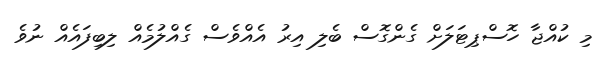
މި ކުއްޖާ ހޮސްޕިޓަލަށް ގެންގޮސް ބެލި އިރު އެއްވެސް ގެއްލުމެއް ލިބިފައެއް ނުވެ